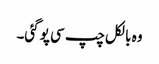
وہ بالکل چپ سی پو گئی۔